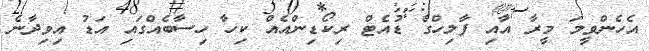
އެހެންވީމަ މީރާ އާއި ފާލިހްގެ ޑުއެޓް ރިކޯޑިންއެއް ކިހާ ހިސާބެއްގައި އަޑު އިވިދާނެ